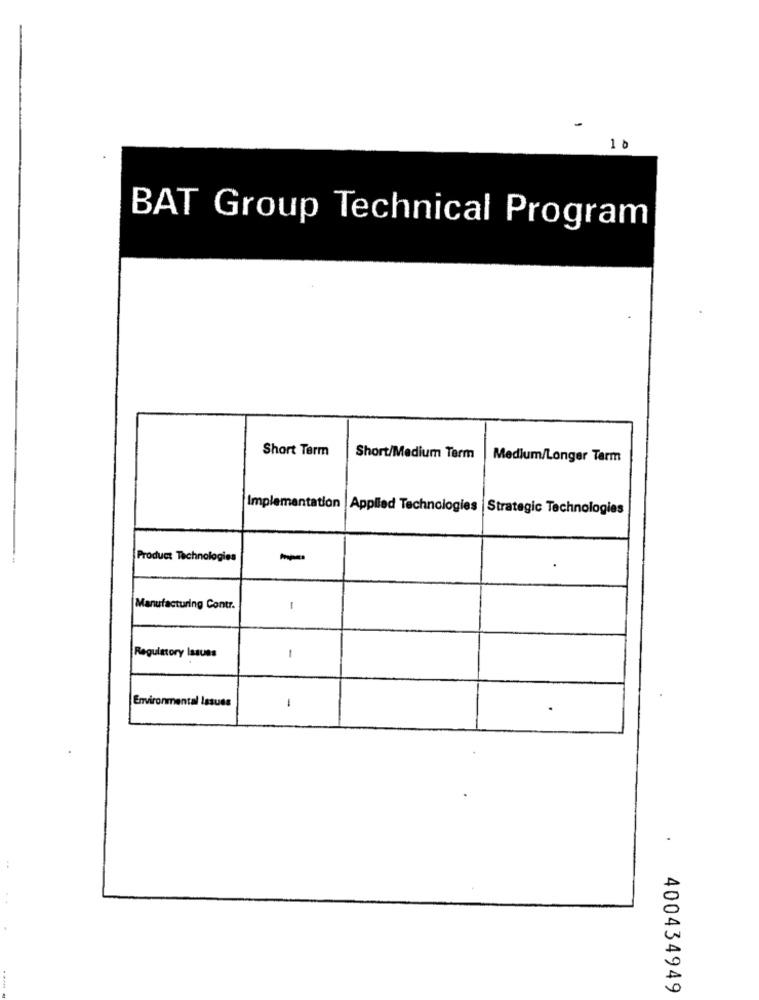
-
1 8
BAT Group Technical Program
Short Term
Short/Medium Term
Medium/Longer Term
Implementation |Applied Technologies |Strategic Technologies
Product Technologies
-
Manufacturing Contr.
1
Regulatory Issues
1
Environmental Issues
-
400434949